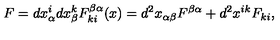
F = d x _ { \alpha } ^ { i } d x _ { \beta } ^ { k } F _ { k i } ^ { \beta \alpha } ( x ) = d ^ { 2 } x _ { \alpha \beta } F ^ { \beta \alpha } + d ^ { 2 } x ^ { i k } F _ { k i } ,